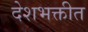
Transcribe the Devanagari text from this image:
देशभक्तीत